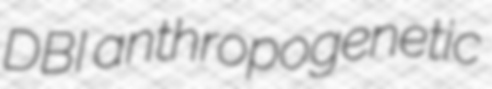
DBI anthropogenetic